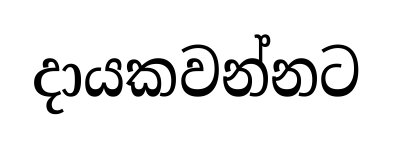
දායකවන්නට